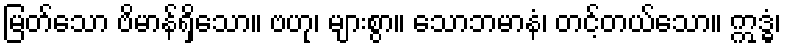
မြတ်သော ဗိမာန်ရှိသော။ ဗဟု၊ များစွာ။ သောဘမာနံ၊ တင့်တယ်သော။ ဣဒ္ဓံ၊